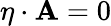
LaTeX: \eta\cdot\mathbf{A}=0